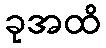
ခုအထိ